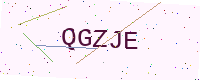
Text: QGZJE